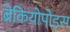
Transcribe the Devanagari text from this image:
ब्रेकियोपोड्स